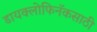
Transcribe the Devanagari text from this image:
डायक्लोफिनॅकसाठी